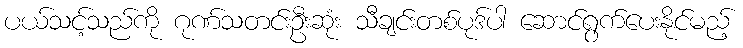
ပယ်သင့်သည်ကို ဂုဏ်သတင်းဦးဆုံး သီချင်းတစ်ပုဒ်ပါ ဆောင်ရွက်ပေးနိုင်မည့်